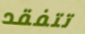
تتفقد